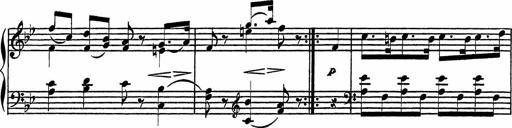
Title: 4 Piano Sonatinas
Composer: Adam Geibel